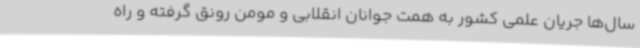
سال‌ها جریان علمی کشور به همت جوانان انقلابی و مومن رونق گرفته و راه